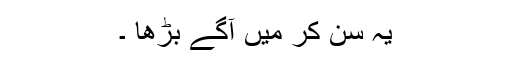
یہ سن کر میں آگے بڑھا ۔